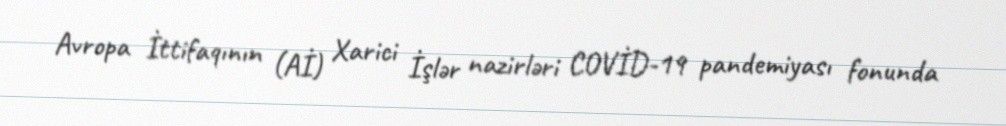
Avropa İttifaqının (Aİ) Xarici İşlər nazirləri COVİD-19 pandemiyası fonunda